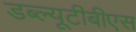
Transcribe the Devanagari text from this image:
डब्ल्यूटीबीएस